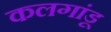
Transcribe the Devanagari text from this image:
कलगांडू